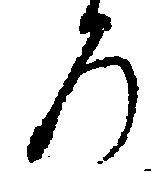
ろ